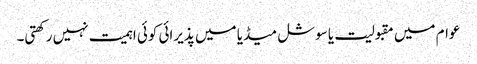
عوام میں مقبولیت یا سوشل میڈیا میں پذیرائی کوئی اہمیت نہیں رکھتی۔